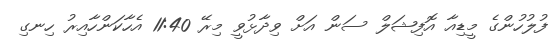
ފުލުހުންގެ މީޑިއާ އޮފިޝަލް ސަން އަށް ވިދާޅުވީ މިރޭ 11:40 އެހާކަންހާއިރު ހިނގި